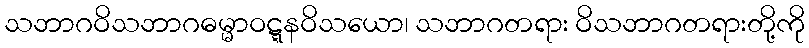
သဘာဂဝိသဘာဂဓမ္မာဝဋ္ဋနဝိသယော၊ သဘာဂတရား ဝိသဘာဂတရားတို့ကို